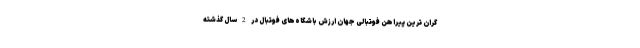
گران ترین پیراهن فوتبالی جهان ارزش باشگاه‌های فوتبال در 2 سال گذشته